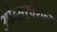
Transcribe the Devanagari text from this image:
ओब्सरवेशन्स